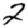
Digit: 2